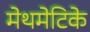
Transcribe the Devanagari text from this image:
मेथमेटिके